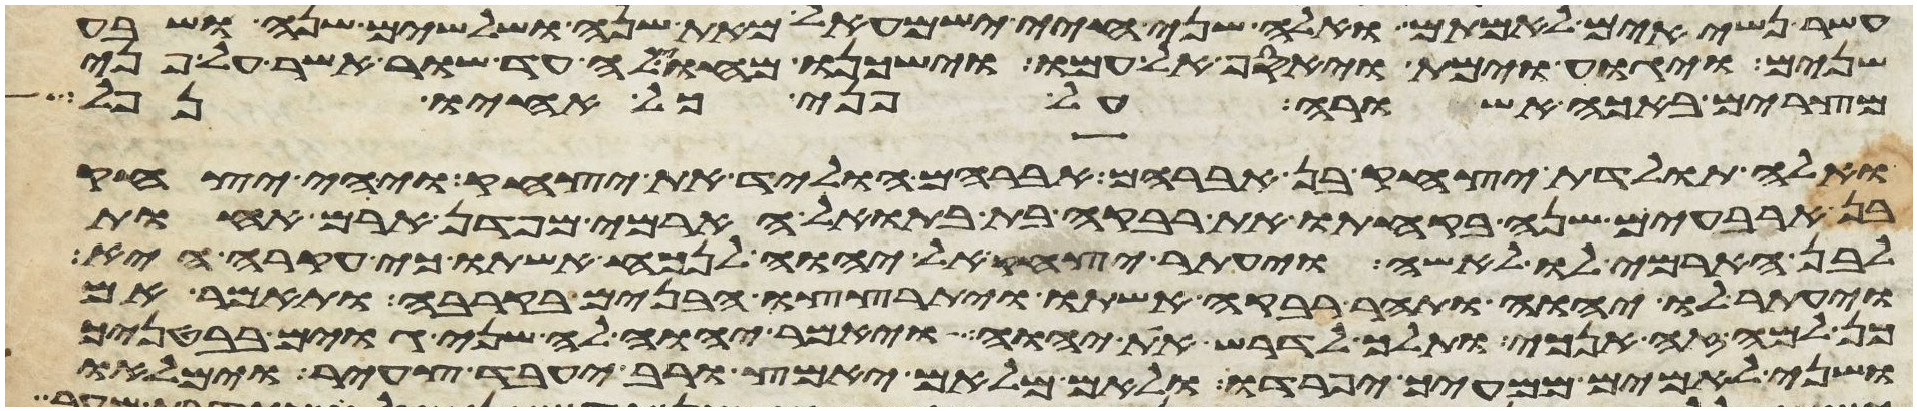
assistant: עשר נשיאים לאמתם ואלה שני חיי ישמעאל מאת שנה ושלשים שנה ושבע
שנים ויגוע וימת ויאסף אל עמו וישכנו מחוילה עד שור אשר על פני
מצרים באכה אשורה על פני כל אחיו נפל
ואלה תולדת יצחק בן אברהם אברהם הוליד את יצחק ויהי יצחק
בן ארבעים שנה בקחתו את רבקה בת בתואל הארמי מפדן ארם אחות
לבן הארמי לו לאשה ויעתר יצחק אל יהוה לנכח אשתו כי עקרה היא
ויעתר לו יהוה ותהר רבקה אשתו ויתרצצו הבנים בקרבה ותאמר אם
כן למה זה אנכי ותלך לדרש את יהוה ויאמר יהוה לה שני גוים בבטנך
ושני לאמים ממעיך יפרדו ולאם מלאם יאמץ ורב יעבד צעיר וימלאו